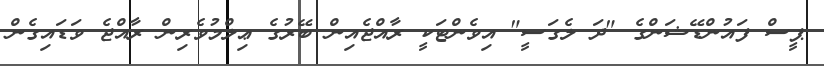
ޕީސް ފައުންޑޭޝަންގެ "ދަ ލެގަސީ" އިވެންޓަކީ ރާއްޖެއިން ބޭރުގެ ޢިލްމުވެރިން ރާއްޖެ ވަޑައިގެން